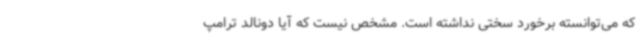
که می‌توانسته برخورد سختی نداشته است. مشخص نیست که آیا دونالد ترامپ